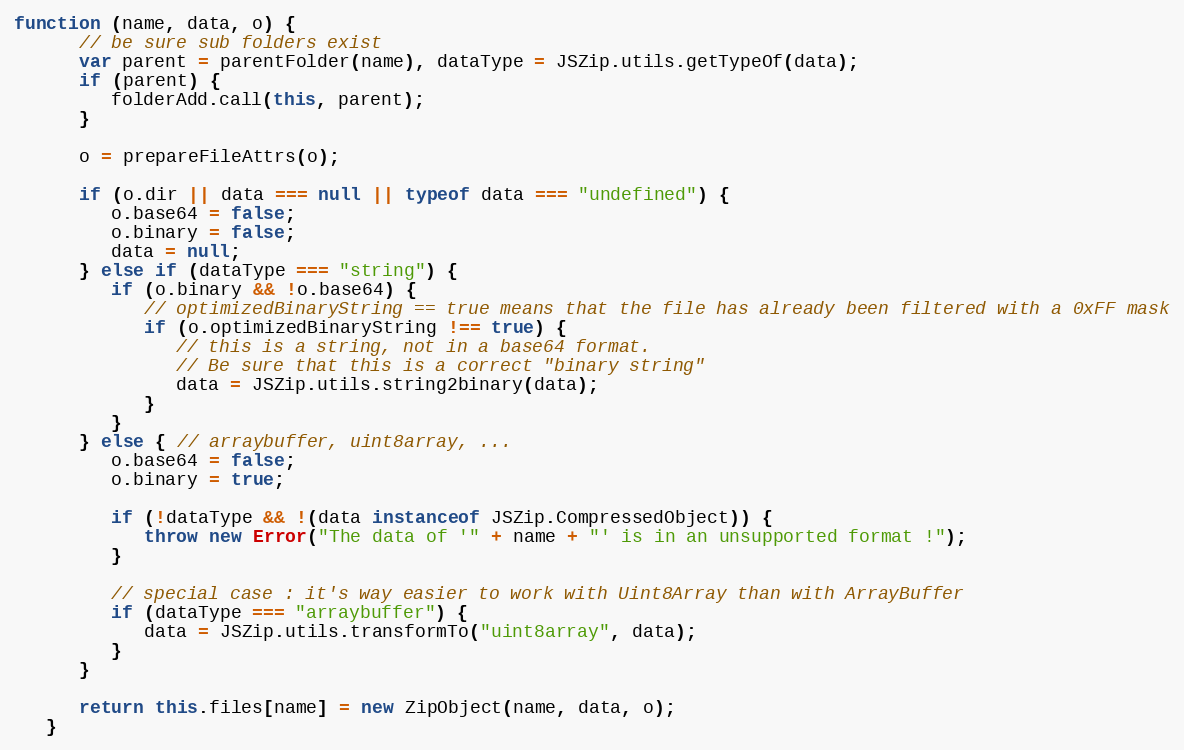
Language: JavaScript
function (name, data, o) {
      // be sure sub folders exist
      var parent = parentFolder(name), dataType = JSZip.utils.getTypeOf(data);
      if (parent) {
         folderAdd.call(this, parent);
      }

      o = prepareFileAttrs(o);

      if (o.dir || data === null || typeof data === "undefined") {
         o.base64 = false;
         o.binary = false;
         data = null;
      } else if (dataType === "string") {
         if (o.binary && !o.base64) {
            // optimizedBinaryString == true means that the file has already been filtered with a 0xFF mask
            if (o.optimizedBinaryString !== true) {
               // this is a string, not in a base64 format.
               // Be sure that this is a correct "binary string"
               data = JSZip.utils.string2binary(data);
            }
         }
      } else { // arraybuffer, uint8array, ...
         o.base64 = false;
         o.binary = true;

         if (!dataType && !(data instanceof JSZip.CompressedObject)) {
            throw new Error("The data of '" + name + "' is in an unsupported format !");
         }

         // special case : it's way easier to work with Uint8Array than with ArrayBuffer
         if (dataType === "arraybuffer") {
            data = JSZip.utils.transformTo("uint8array", data);
         }
      }

      return this.files[name] = new ZipObject(name, data, o);
   }